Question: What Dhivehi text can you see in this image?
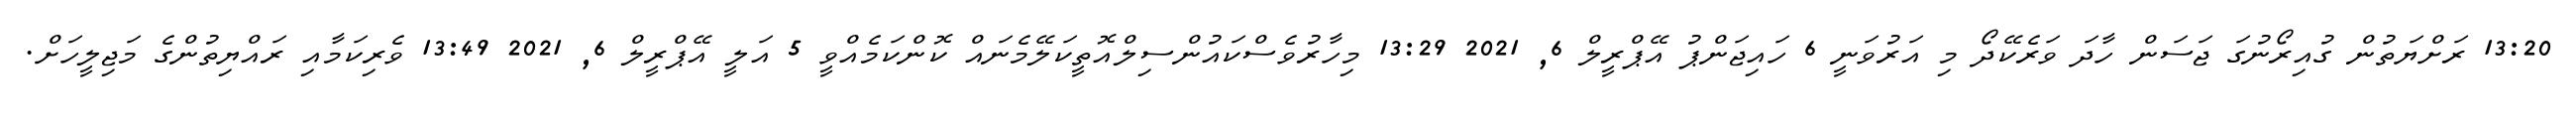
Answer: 13:20 ރަށްޔަތުން ގުއިރޯނުގަ ޖަސަން ހާދަ ވަރެކޭދޯ މި އަރުވަނީ 6 ހައިޖަންޕު އޭޕްރީލް 6, 2021 13:29 މިހާރުވެސްކައުންސިލްއޮތީކަލޭމެނައް ކޮންކަމެއްވީ 5 އަލީ އޭޕްރީލް 6, 2021 13:49 ވެރިކަމާއި ރައްޔިތުންގެ މަޖިލީހަށް.